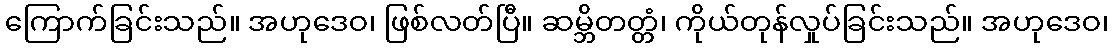
ကြောက်ခြင်းသည်။ အဟုဒေဝ၊ ဖြစ်လတ်ပြီ။ ဆမ္ဘိတတ္တံ၊ ကိုယ်တုန်လှုပ်ခြင်းသည်။ အဟုဒေဝ၊